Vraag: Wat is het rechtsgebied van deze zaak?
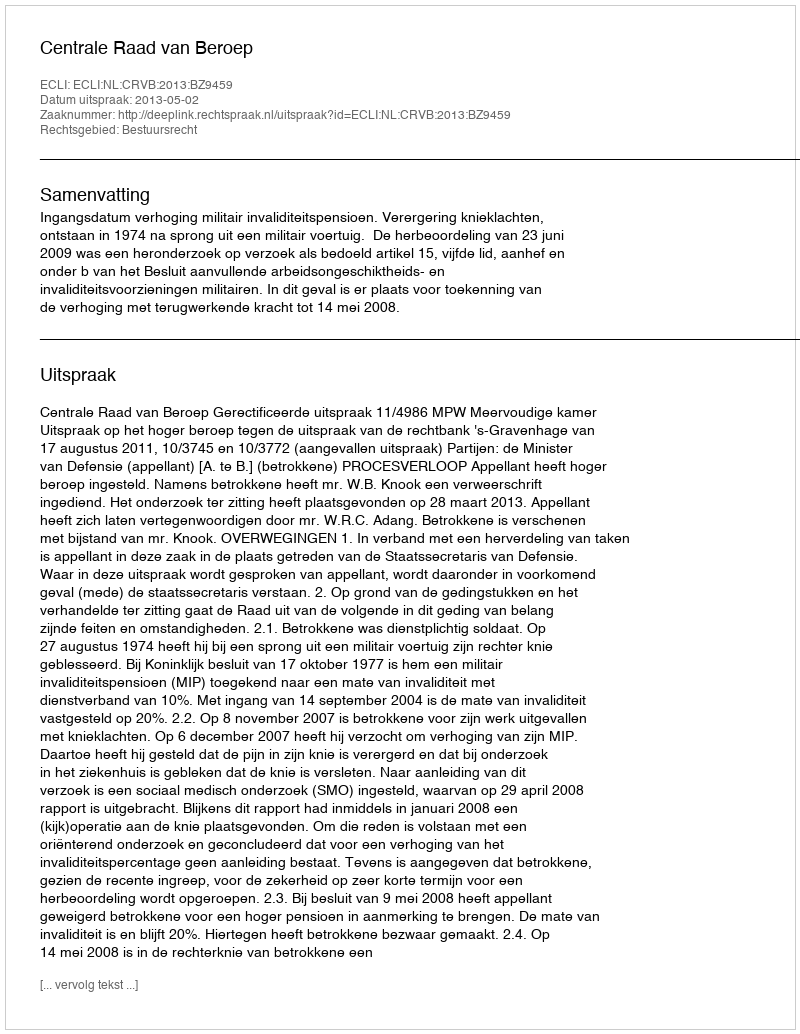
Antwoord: Bestuursrecht